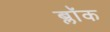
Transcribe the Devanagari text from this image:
ब्लाॅक